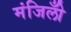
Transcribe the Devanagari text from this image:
मंजिलोँ